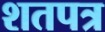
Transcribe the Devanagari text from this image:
शतपत्र